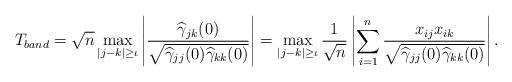
LaTeX: \begin{align*}T_{band}=\sqrt{n}\max_{|j-k|\geq\iota}\left|\frac{\widehat{\gamma}_{jk}(0)}{\sqrt{\widehat{\gamma}_{jj}(0)\widehat{\gamma}_{kk}(0)}}\right|=\max_{|j-k|\geq\iota}\frac{1}{\sqrt{n}}\left|\sum^{n}_{i=1}\frac{x_{ij}x_{ik}}{\sqrt{\widehat{\gamma}_{jj}(0)\widehat{\gamma}_{kk}(0)}}\right|.\end{align*}